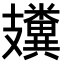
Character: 𥽤